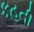
કહતી